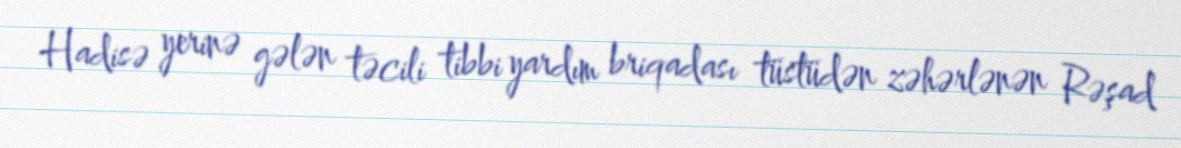
Hadisə yerinə gələn təcili tibbi yardım briqadası tüstüdən zəhərlənən Rəşad